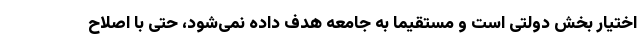
اختیار بخش دولتی است و مستقیما به جامعه هدف داده نمی‌شود، حتی با اصلاح